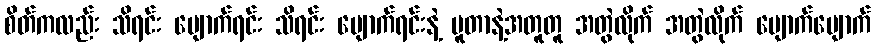
စိတ်ကလည်း သိရင်း ပျောက်ရင်း သိရင်း ပျောက်ရင်းနဲ့ ပူတာနဲ့အတူတူ အတွဲလိုက် အတွဲလိုက် ပျောက်ပျောက်